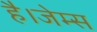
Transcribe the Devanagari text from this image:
है।जेम्स